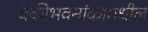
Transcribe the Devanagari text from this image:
वक्रीभवनांकांमधील